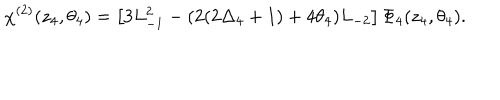
\chi ^ { ( 2 ) } ( z _ { 4 } , \theta _ { 4 } ) = \left[ 3 L _ { - 1 } ^ { 2 } - ( 2 ( 2 \Delta _ { 4 } + 1 ) + 4 \theta _ { 4 } ) L _ { - 2 } \right] \Phi _ { 4 } ( z _ { 4 } , \theta _ { 4 } ) .